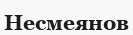
Несмеянов